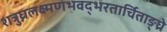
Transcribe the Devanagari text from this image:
शत्रुघ्नलक्ष्मणभवद्भरतार्चिताङ्घ्रे